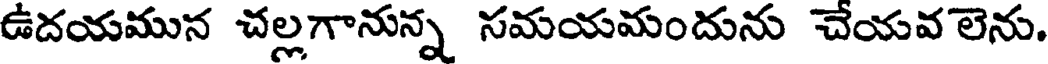
ఉదయమున చల్లగానున్న సమయమందును చేయవ లెను.